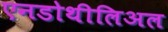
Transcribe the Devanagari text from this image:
एनडोथीलिअल